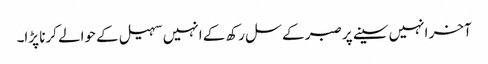
آخر انہیں سینے پر صبر کے سل رکھ کے انہیں سہیل کے حوالے کرنا پڑا۔